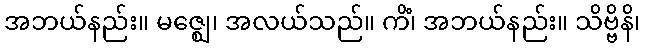
အဘယ်နည်း။ မဇ္ဈေ၊ အလယ်သည်။ ကိံ၊ အဘယ်နည်း။ သိဗ္ဗိနိ၊